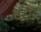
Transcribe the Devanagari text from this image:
वर्संट